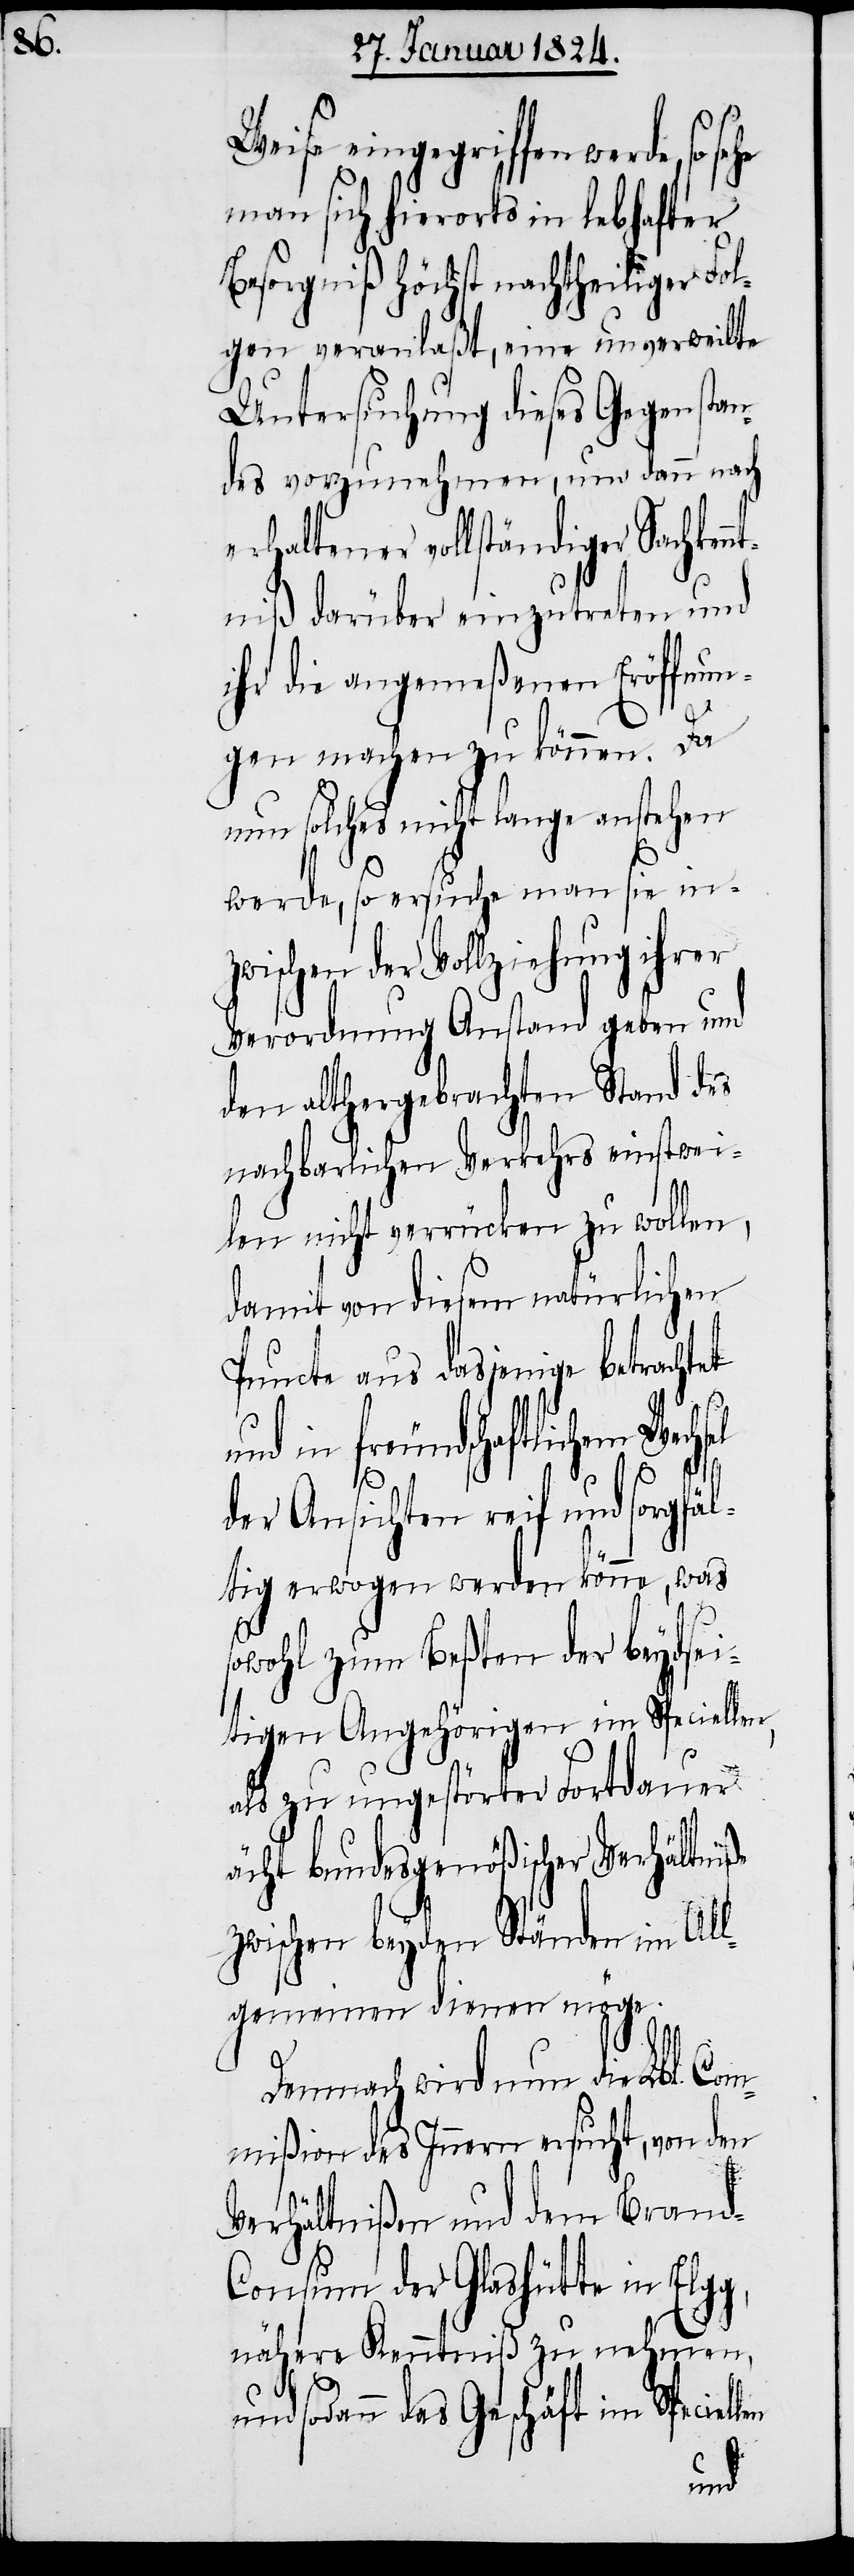
Weise eingegriffen werde, so
man sich hierorts in lebhafter
Besorgniß Höchst nachtheiliger Fol¬
gen veranlaßt, eine unverweilte
Untersuchung dieses Gegenstan¬
des vorzunehmen, um dann nach
erhaltener vollständiger Sachken¬
ntniß darüber einzutreten und
ihr die angemeßenen Eröffnun¬
gen machen zu können. Da
nun solches nicht lange anstehen
werde, so ersuche man sie inzw¬
ischen der Vollziehung ihrer
Verordnung Anstand geben und
den althergebrachten Stand des
nachbarlichen Verkehrs einstwei¬
len nicht verrücken zu wollen,
damit von diesem natürlichen
Puncte aus dasjenige betrachtet
in freundschaftlichem Wech¬
g,
der Ansichten reif und sorgfäl¬
tig erwogen werden könne, was
sowohl zum Beßten der beydsei¬
tigen Angehörigen im Speciellen,
als zu ungestörter Fortdauer
acht bundesgenößischer Verhältniße
zwischen beyden Ständen im All¬
gemeinen dienen möge.
Demnach wird nun die Lbl. Co¬
mmißion des Innern ersucht, von den
Verhältnißen und dem Brand-C¬
onsum der Glashütte in Elg¬
nähere Kenntniß zu nehmen,
und sodann das Geschäft im Speciell¬
en